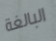
البالغة